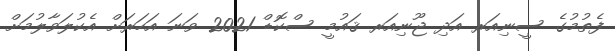
ފެތުމުގެ ސީނިއަރ އަދި ޖޫނިއަރ ޤައުމީ ސްކޮޑް 2021 ވަނަ އަހަރަށް އެކުލަވާލުމަށް